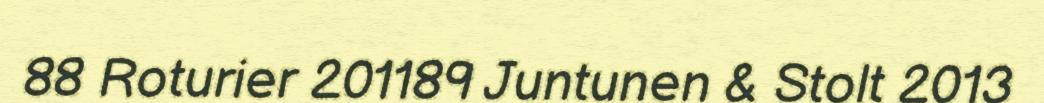
88 Roturier 201189 Juntunen & Stolt 2013